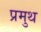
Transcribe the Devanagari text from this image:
प्रमुथ